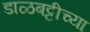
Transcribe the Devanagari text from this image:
डाळबट्टीच्या